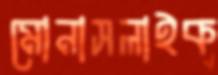
মোনাসলাইক